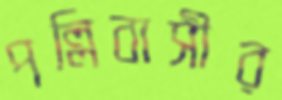
পল্লিবাসীর